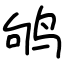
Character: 鸲